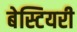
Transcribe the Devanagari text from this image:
बेस्टियरी